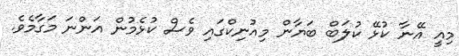
މިއީ އޭނާ ކުޅޭ ކުލަބް ބަޔާން މިއުނިކްގައި ވެސް ކުޅެމުން އަންނަ މަގާމެވެ.